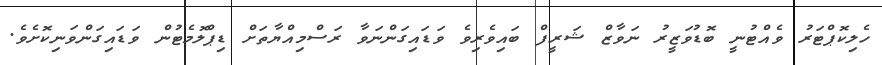
ހެލިކޮޕްޓަރު ވެއްޓުނީ ބޮޑުވަޒީރު ނަވާޒް ޝަރީފް ބައިވެރިވެ ވަޑައިގަންނަވާ ރަސްމިއްޔާތަށް ޑިޕްލޮމެޓުން ވަޑައިގަންވަނިކޮށެވެ.